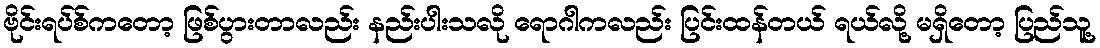
ဗိုင်းရပ်စ်ကတော့ ဖြစ်ပွားတာလည်း နည်းပါးသလို ရောဂါကလည်း ပြင်းထန်တယ် ရယ်လို့ မရှိတော့ ပြည်သူ့